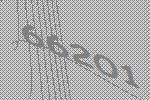
66201